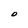
Character: O